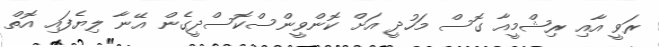
ރަވީ އާއި ރިޝްމީއާ ގޮސް މަހުދީ އަށް ކޮންވީންސްކޮސްދީގެން އޭނާ ލިޔެފައި އޮތް